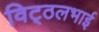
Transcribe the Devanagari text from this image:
विट्‍ठलभाई